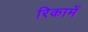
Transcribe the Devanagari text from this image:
रिकामें